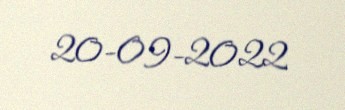
20-09-2022